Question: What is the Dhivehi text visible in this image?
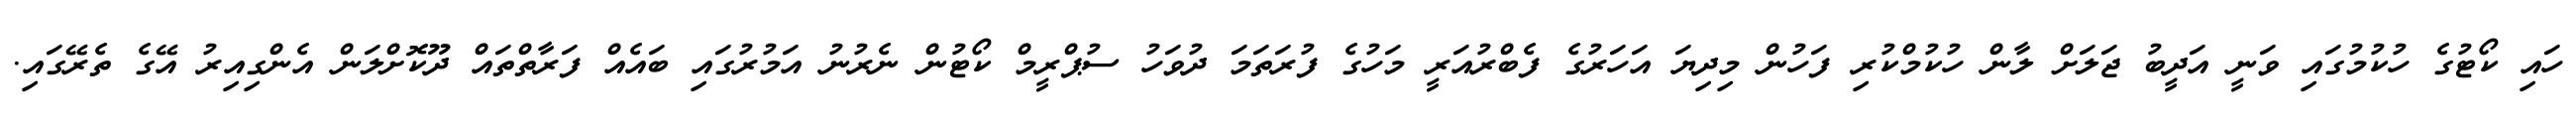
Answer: ހައި ކޯޓުގެ ހުކުމުގައި ވަނީ އަދީބު ޖަލަށް ލާން ހުކުމްކުރި ފަހުން މިދިޔަ އަހަރުގެ ފެބްރުއަރީ މަހުގެ ފުރަތަމަ ދުވަހު ސުޕްރީމް ކޯޓުން ނެރުނު އަމުރުގައި ބައެއް ފަރާތްތައް ދޫކޮށްލަން އެންގިއިރު އޭގެ ތެރޭގައި.